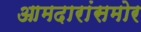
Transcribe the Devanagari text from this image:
आमदारांसमोर